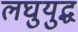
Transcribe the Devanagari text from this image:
लघुयुद्ध